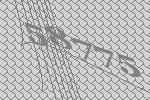
58775